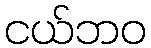
ငယ်ဘဝ